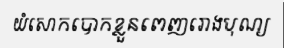
យំសោកបោកខ្លួនពេញរោងបុណ្យ